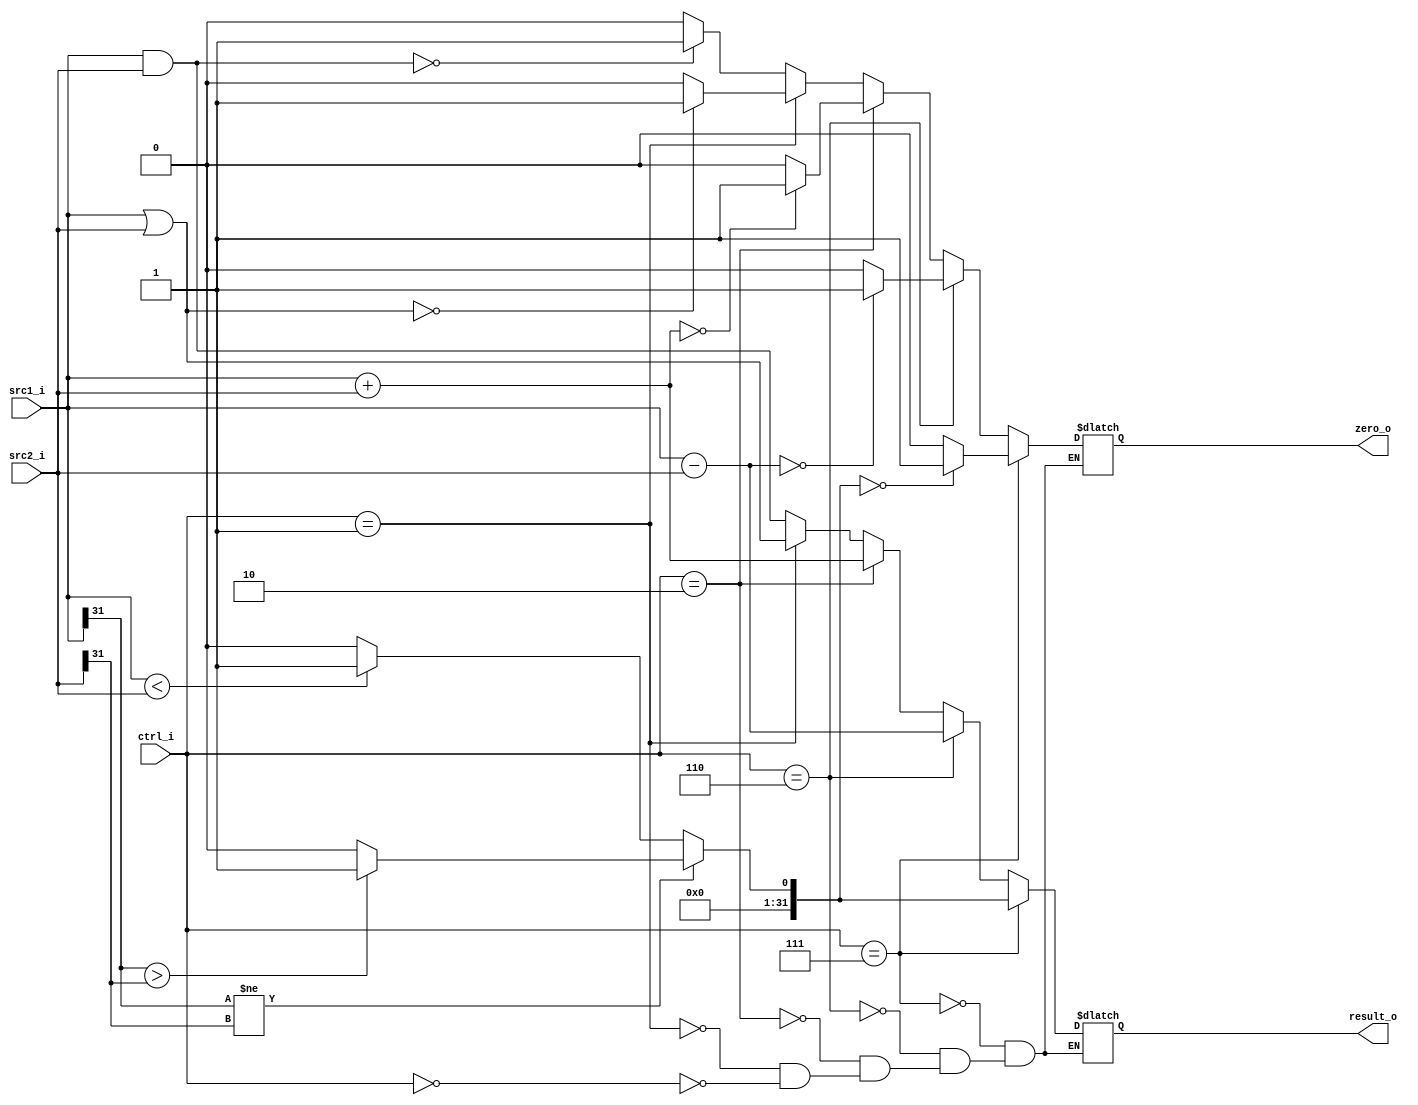
//Subject:     Architecture project 3 - ALU
//--------------------------------------------------------------------------------
//Version:     1
//--------------------------------------------------------------------------------
//Writer:      
//----------------------------------------------
//Date:        
//----------------------------------------------
//Description: 
//--------------------------------------------------------------------------------

module ALU(
    src1_i,
	src2_i,
	ctrl_i,
	result_o,
	zero_o
	);
     
//I/O ports
input  [32-1:0]  src1_i;
input  [32-1:0]	 src2_i;
input  [4-1:0]   ctrl_i;

output [32-1:0]	 result_o;
output           zero_o;

//Internal signals
reg    [32-1:0]  result_o;
reg             zero_o;

//Parameter

//Main function
always@(src1_i or src2_i or ctrl_i) begin
  
  if(ctrl_i==4'b0000)begin //AND
     result_o = src1_i & src2_i;
	 if(result_o==32'h0000)begin
	    zero_o = 1'b1;
	 end 
	 else begin
	    zero_o = 1'b0;
	 end
  end

  if(ctrl_i==4'b0001)begin //OR
     result_o = src1_i | src2_i;
	 if(result_o==32'h0000)begin
	    zero_o = 1'b1;
	 end 
	 else begin
	    zero_o = 1'b0;
	 end
  end
  
  if(ctrl_i==4'b0010)begin //ADD
     result_o = src1_i + src2_i;
	 if(result_o==32'h0000)begin
	    zero_o = 1'b1;
	 end 
	 else begin
	    zero_o = 1'b0;
	 end
  end
  
  if(ctrl_i==4'b0110)begin //SUB
     result_o = src1_i - src2_i;
	 if(result_o==32'h0000)begin
	    zero_o = 1'b1;
	 end 
	 else begin
	    zero_o = 1'b0;
	 end
  end
  
  if(ctrl_i==4'b0111)begin //SLT
     if(src1_i[31] != src2_i[31])begin //+- -+
	    if(src1_i[31] > src2_i[31])begin
		   result_o = 1;
		end
		else begin
		   result_o = 0;
		end 
	 end
	 else begin //++ --
	    if(src1_i < src2_i)begin 
		   result_o = 1;
		end 
		else begin 
		   result_o = 0;
		end 
	 end 
	 
	 
	 if(result_o==32'h0000)begin
	    zero_o = 1'b1;
	 end 
	 else begin
	    zero_o = 1'b0;
	 end
  end
  
end 
endmodule